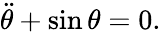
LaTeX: \ddot{\theta}+\sin\theta=0.